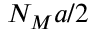
N _ { M } a / 2